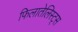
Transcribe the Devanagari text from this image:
फिलातेलिस्ट्स